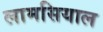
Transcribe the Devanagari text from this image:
लामसियाल